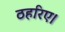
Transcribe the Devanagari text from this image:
ठहरिए।